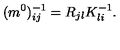
( m ^ { 0 } ) _ { i j } ^ { - 1 } = R _ { j l } K _ { l i } ^ { - 1 } .